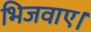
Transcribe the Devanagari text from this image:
भिजवाए।